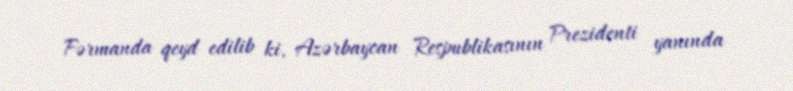
Fərmanda qeyd edilib ki, Azərbaycan Respublikasının Prezidenti yanında